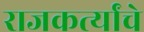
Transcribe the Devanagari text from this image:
राजकर्त्यांचे